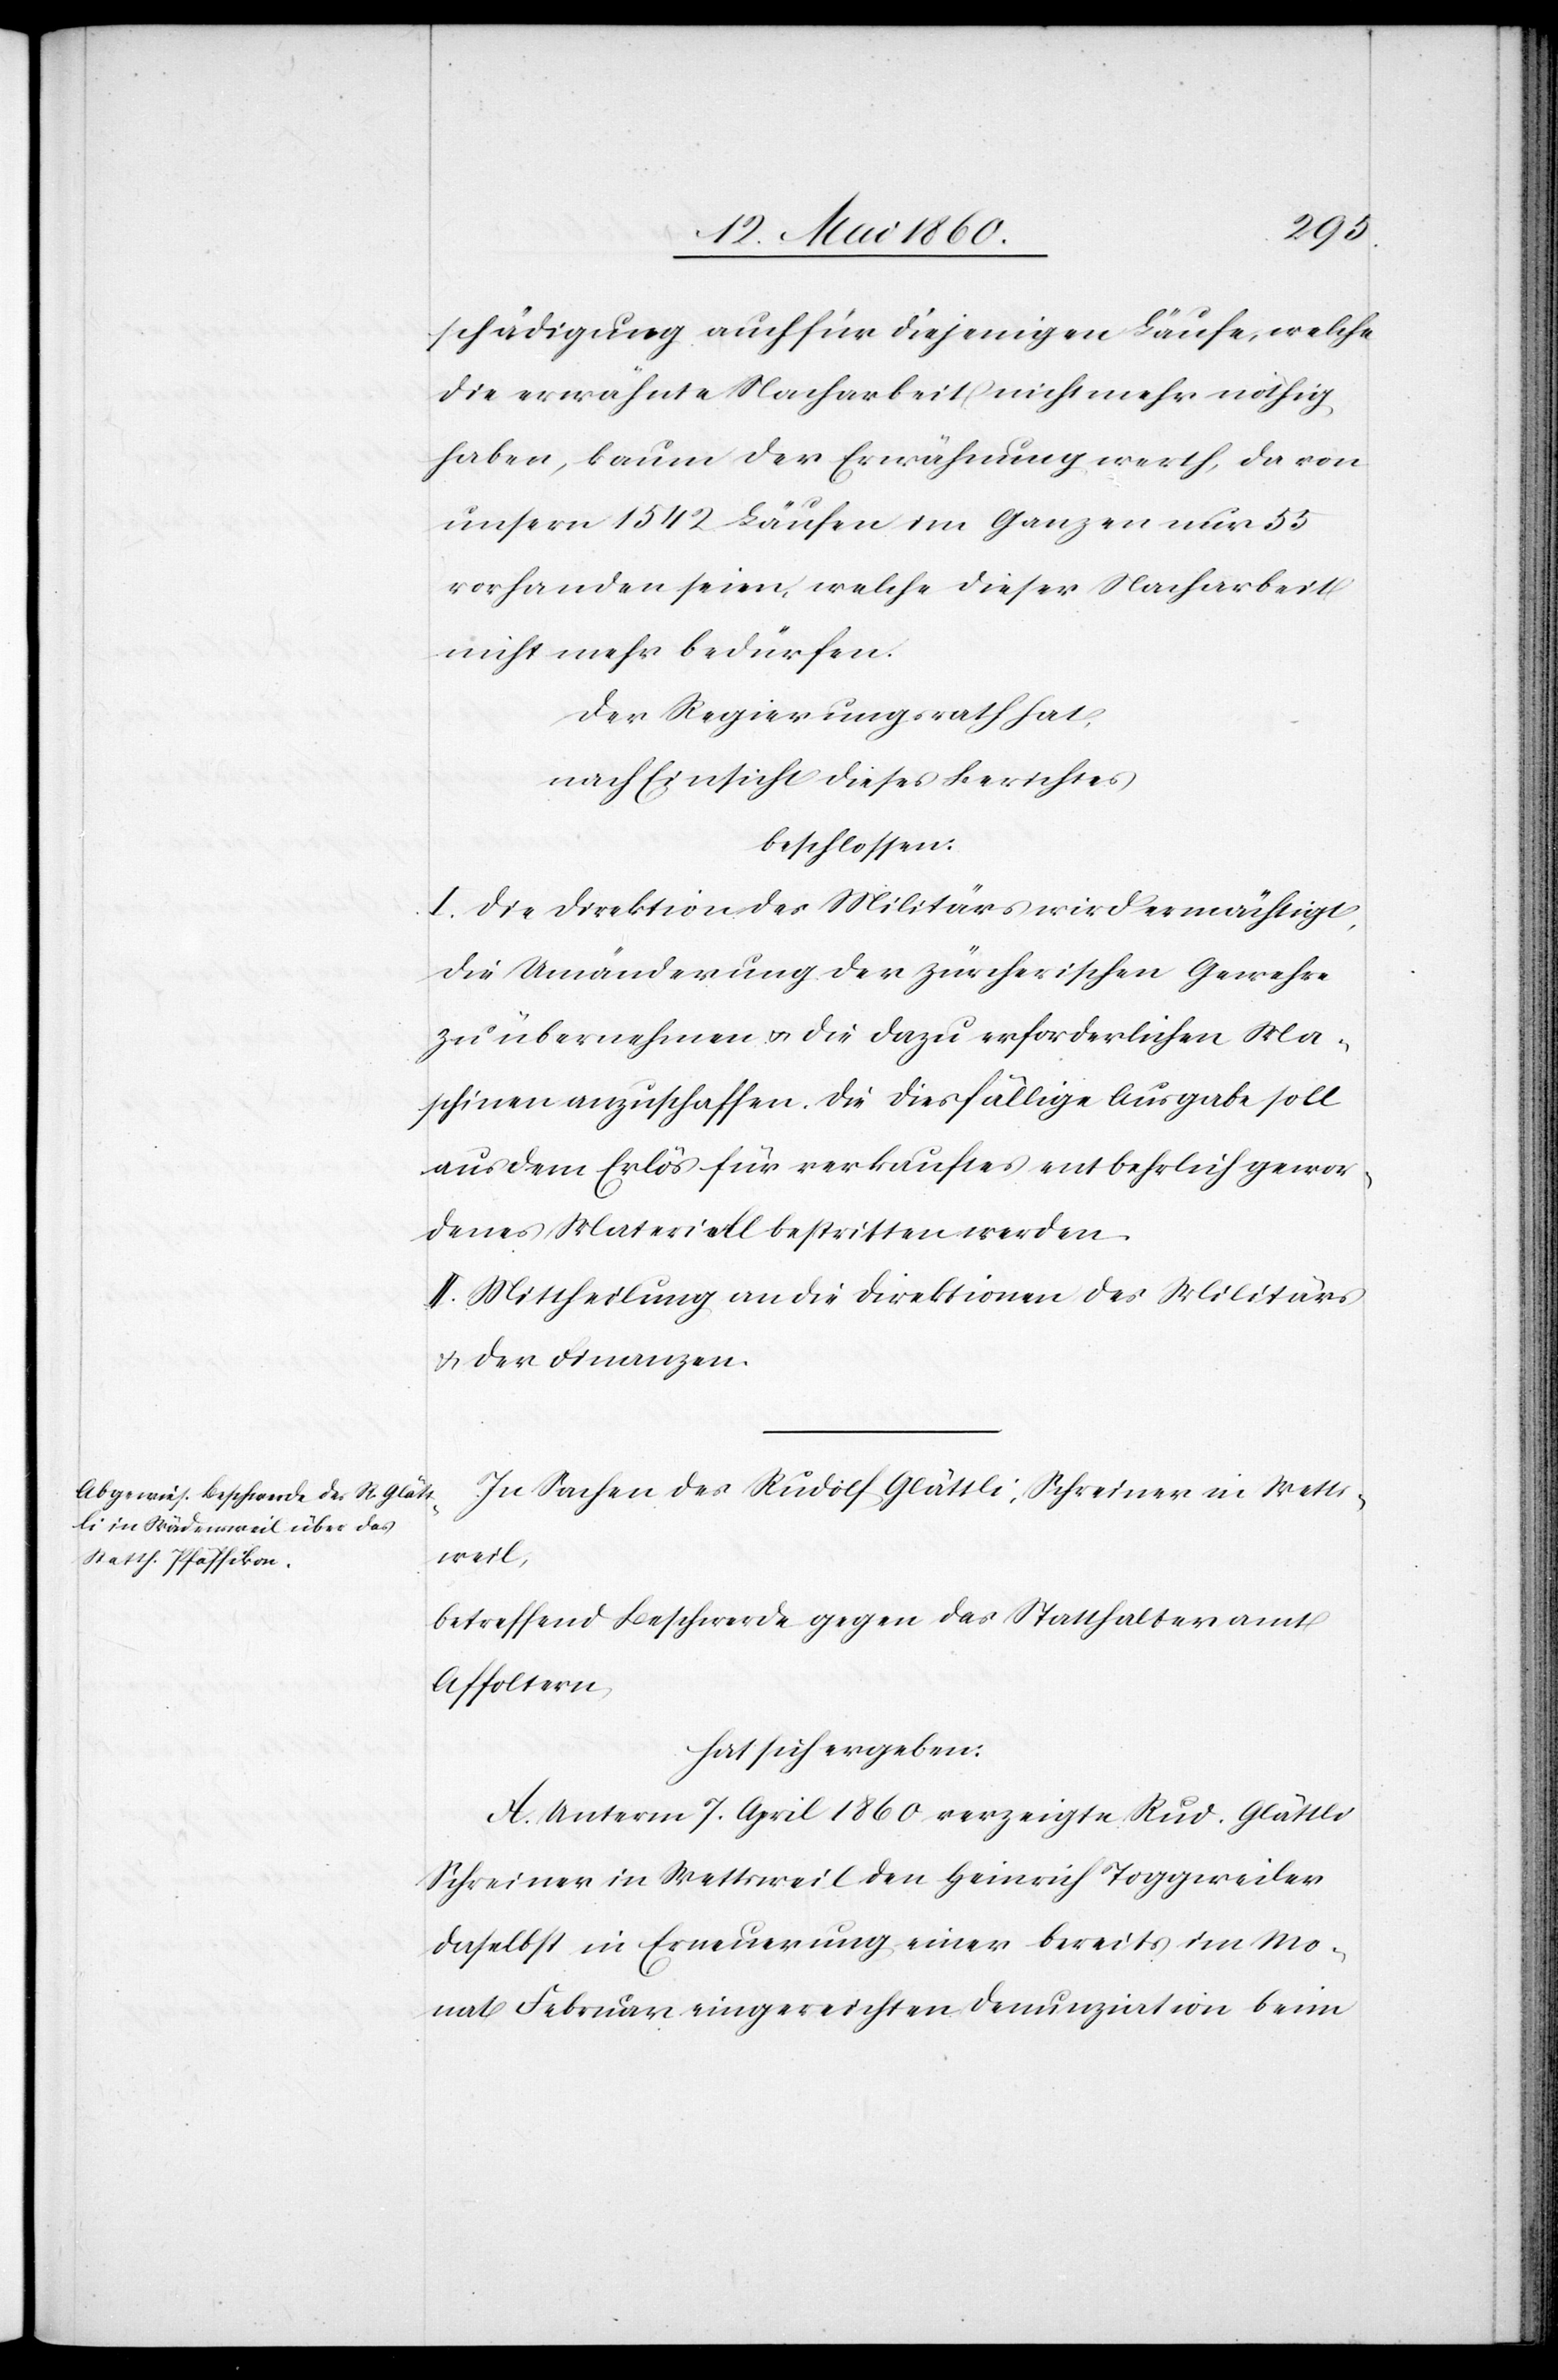
schädigung auch für diejenigen Läufe, welche
die erwähnte Nacharbeit nicht mehr nöthig
haben, kaum der Erwähnung werth, da von
unsern 1842 Läufen im Ganzen nur 55
vorhanden seien, welche dieser Nacharbeit
nicht mehr bedürfen.
Der Regierungsrath hat,
nach Einsicht dieses Berichtes
beschlossen:
I. Die Direktion des Militärs wird ermächtigt,
die Umänderung der zürcherischen Gewehre
zu übernehmen u. die dazu erforderlichen Ma¬
schinen anzuschaffen. Die diesfällige Ausgabe soll
aus dem Erlös für verkauftes entbehrlich gewor¬
denes Materiell bestritten werden.
II. Mittheilung an die Direktion des Militärs
u. der Finanzen.
In Sachen des Rudolf Glättli, Schreiner in Wetts¬
weil,
betreffend Beschwerde gegen das Statthalteramt
Affoltern,
hat sich ergeben:
A. Unterm 7. April 1860 verzeigte Rud. Glättli
Schreiner in Wettsweil den Heinrich Toggeweiler
daselbst in Erneuerung einer bereits im Mo¬
nat Februar eingereichten Denunziation beim